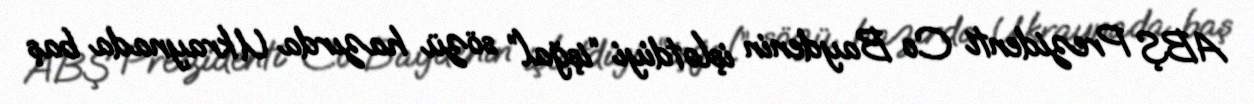
ABŞ Prezidenti Co Baydenin işlətdiyi “işğal” sözü hazırda Ukraynada baş